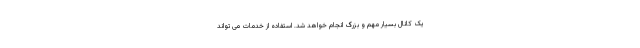
یک کانال بسیار مهم و بزرگ انجام خواهد شد. استفاده از خدمات می تواند